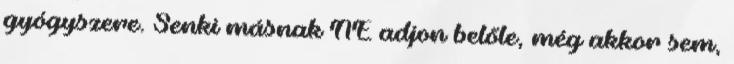
gyógyszere. Senki másnak NE adjon belőle, még akkor sem,